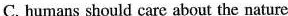
C. humans should care about the nature